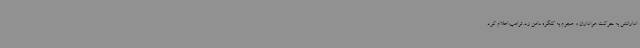
ادارانش به حرکت هواداران و هجوم به کنگره دامن زد. ترامپ اعلام کرد